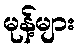
မုန့်များ